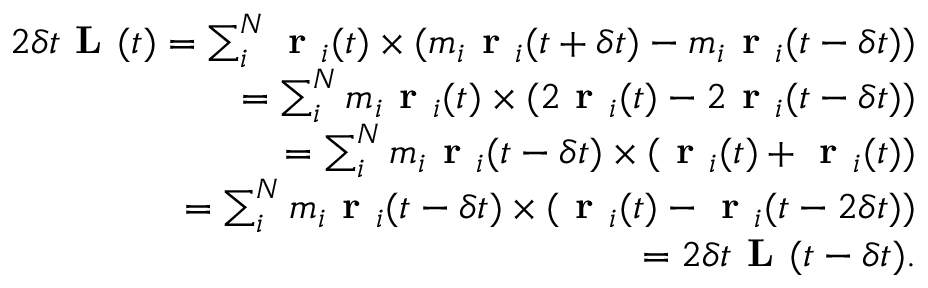
\begin{array} { r } { 2 \delta t \textbf { L } ( t ) = \sum _ { i } ^ { N } \textbf { r } _ { i } ( t ) \times ( m _ { i } \textbf { r } _ { i } ( t + \delta t ) - m _ { i } \textbf { r } _ { i } ( t - \delta t ) ) } \\ { = \sum _ { i } ^ { N } m _ { i } \textbf { r } _ { i } ( t ) \times ( 2 \textbf { r } _ { i } ( t ) - 2 \textbf { r } _ { i } ( t - \delta t ) ) } \\ { = \sum _ { i } ^ { N } m _ { i } \textbf { r } _ { i } ( t - \delta t ) \times ( \textbf { r } _ { i } ( t ) + \textbf { r } _ { i } ( t ) ) } \\ { = \sum _ { i } ^ { N } m _ { i } \textbf { r } _ { i } ( t - \delta t ) \times ( \textbf { r } _ { i } ( t ) - \textbf { r } _ { i } ( t - 2 \delta t ) ) } \\ { = 2 \delta t \textbf { L } ( t - \delta t ) . } \end{array}